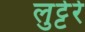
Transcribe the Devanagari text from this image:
लुट्टेरे